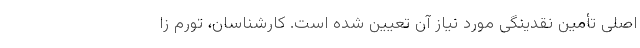
اصلی تأمین نقدینگی مورد نیاز آن تعیین شده است. کارشناسان، تورم زا